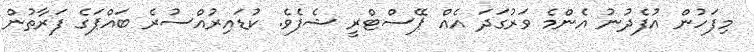
މިފަހުން އުފެދުނު އެންމެ ވަރުގަދަ އެއް ޕޭސްޓްރީ ޝެފެވެ. ކުޑައިރުއްސުރެ ބައްޕަގެ ފަރާތުން